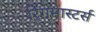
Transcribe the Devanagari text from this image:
रिंगमास्टर्स